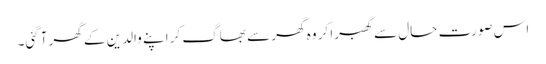
اس صورت حال سے گھبرا کر وہ گھر سے بھاگ کر اپنے والدین کے گھر آگئی۔